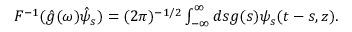
\begin{array} { r } { { \cal F } ^ { - 1 } ( \hat { g } ( \omega ) \hat { \psi } _ { s } ) = ( 2 \pi ) ^ { - 1 / 2 } \int _ { - \infty } ^ { \infty } d s g ( s ) \psi _ { s } ( t - s , z ) . } \end{array}